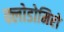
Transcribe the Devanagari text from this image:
क्लोडोमिरो